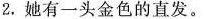
2.她有一头金色的直发。